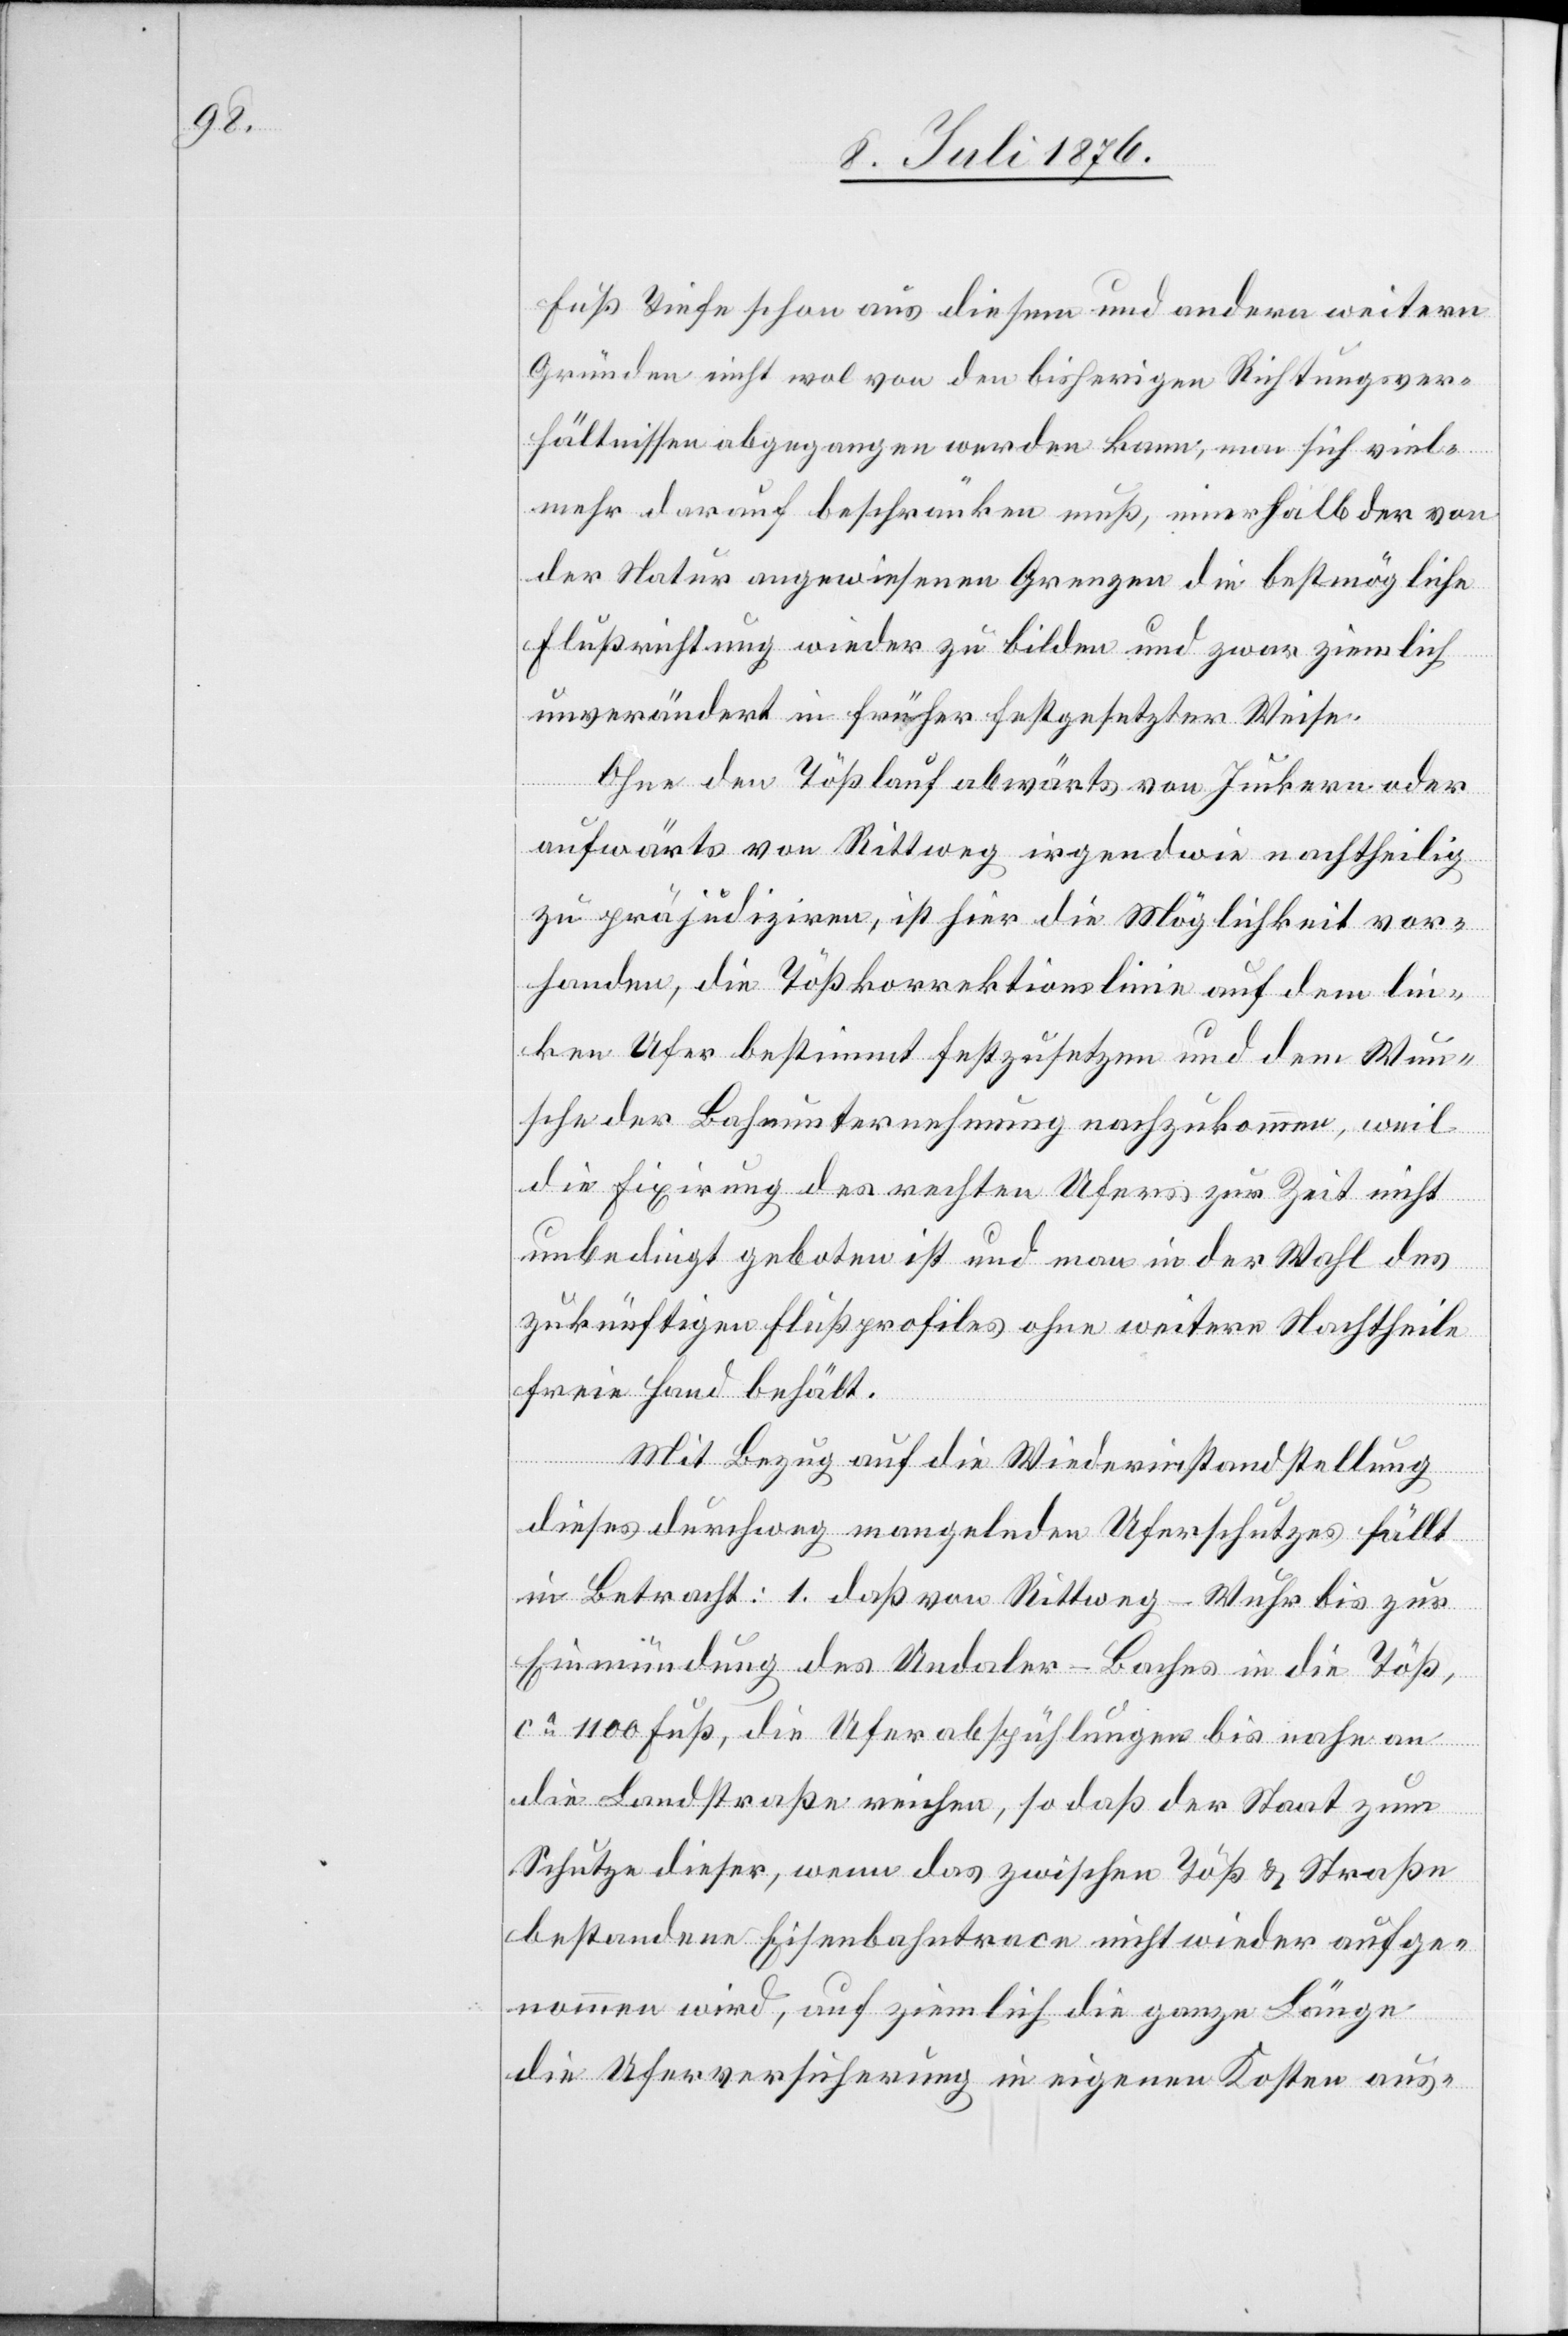
Fuß Tiefe schon aus diesem und andern weitern
Gründen nicht wol von den bisherigen Richtungsver¬
hältnissen abgegangen werden kann, man sich viel¬
mehr darauf beschränken muß, innerhalb der von
der Natur angewiesenen Grenzen die bestmögliche
Flußrichtung wieder zu bilden und zwar ziemlich
unverändert in früher festgesetzter Weise.
Ohne den Tößlauf abwärts von Juckern oder
aufwärts von Rittweg irgendwie nachtheilig
zu präjudiziren, ist hier die Möglichkeit vor¬
handen, die Tößkorrektionslinie auf dem lin¬
ken Ufer bestimmt festzusetzen und dem Wun¬
sche der Bahnunternehmung nachzukommen, weil
die Fixirung des rechten Ufers zur Zeit nicht
unbedingt geboten ist und man in der Wahl des
zukünftigen Flußprofiles ohne weitere Nachtheile
freie Hand behält.
Mit Bezug auf die Wiederinstandstellung
dieses durchweg mangelnden Uferschutzes fällt
in Betracht: 1. daß von Rittweg - Wuhr bis zur
Einmündung des Undaler-Baches in die Töß,
ca 1100 Fuß, die Uferabspülungen bis nahe an
die Landstraße reichen, so daß der Staat zum
Schutze dieser, wenn da zwischen Töß & Straße
bestehende Eisenbahntrace nicht wieder aufge¬
nommen wird, auf ziemlich die ganze Läge
die Uferversicherung in eigenen Kosten aus-